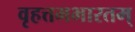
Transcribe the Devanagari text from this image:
वृहत्तमभारतम्